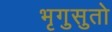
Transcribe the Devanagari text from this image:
भृगुसुतो